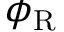
\phi _ { \mathrm { R } }